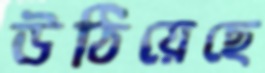
উঠিয়েছে